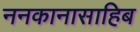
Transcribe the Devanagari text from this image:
ननकानासाहिब